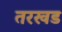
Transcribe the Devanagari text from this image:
तरखड